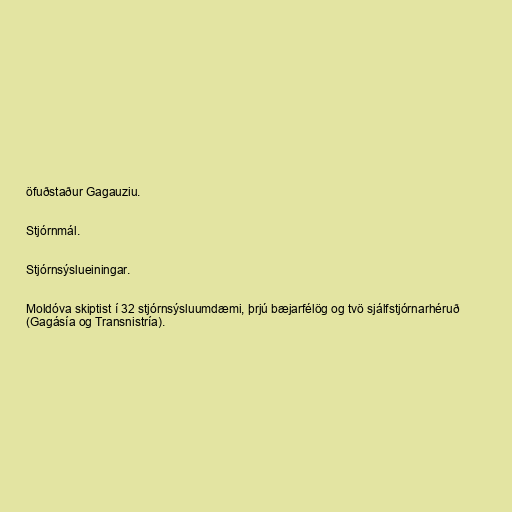
öfuðstaður Gagauziu.

Stjórnmál.

Stjórnsýslueiningar.

Moldóva skiptist í 32 stjórnsýsluumdæmi, þrjú bæjarfélög og tvö sjálfstjórnarhéruð
(Gagásía og Transnistría).